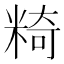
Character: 𥺿